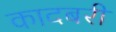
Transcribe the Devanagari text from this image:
कादबरी